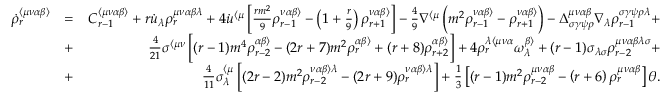
\begin{array} { r l r } { \dot { \rho } _ { r } ^ { \langle \mu \nu \alpha \beta \rangle } } & { = } & { C _ { r - 1 } ^ { \langle \mu \nu \alpha \beta \rangle } + r \dot { u } _ { \lambda } \rho _ { r } ^ { \mu \nu \alpha \beta \lambda } + 4 \dot { u } ^ { \langle \mu } \left[ \frac { r m ^ { 2 } } { 9 } \rho _ { r - 1 } ^ { \nu \alpha \beta \rangle } - \left( 1 + \frac { r } { 9 } \right) \rho _ { r + 1 } ^ { \nu \alpha \beta \rangle } \right] - \frac { 4 } { 9 } \nabla ^ { \langle \mu } \left( m ^ { 2 } \rho _ { r - 1 } ^ { \nu \alpha \beta \rangle } - \rho _ { r + 1 } ^ { \nu \alpha \beta \rangle } \right) - \Delta _ { \sigma \gamma \psi \rho } ^ { \mu \nu \alpha \beta } \nabla _ { \lambda } \rho _ { r - 1 } ^ { \sigma \gamma \psi \rho \lambda } + } \\ & { + } & { \frac { 4 } { 2 1 } \sigma ^ { \langle \mu \nu } \left[ ( r - 1 ) m ^ { 4 } \rho _ { r - 2 } ^ { \alpha \beta \rangle } - ( 2 r + 7 ) m ^ { 2 } \rho _ { r } ^ { \alpha \beta \rangle } + ( r + 8 ) \rho _ { r + 2 } ^ { \alpha \beta \rangle } \right] + 4 \rho _ { r } ^ { \lambda \langle \mu \nu \alpha } \omega ^ { \beta \rangle } _ { \lambda } + ( r - 1 ) \sigma _ { \lambda \sigma } \rho _ { r - 2 } ^ { \mu \nu \alpha \beta \lambda \sigma } + } \\ & { + } & { \frac { 4 } { 1 1 } \sigma _ { \lambda } ^ { \langle \mu } \left[ ( 2 r - 2 ) m ^ { 2 } \rho _ { r - 2 } ^ { \nu \alpha \beta \rangle \lambda } - ( 2 r + 9 ) \rho _ { r } ^ { \nu \alpha \beta \rangle \lambda } \right] + \frac { 1 } { 3 } \left[ ( r - 1 ) m ^ { 2 } \rho _ { r - 2 } ^ { \mu \nu \alpha \beta } - \left( r + 6 \right) \rho _ { r } ^ { \mu \nu \alpha \beta } \right] \theta . } \end{array}